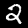
Label: 2